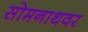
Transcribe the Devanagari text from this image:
सोमनाथवर